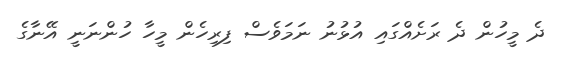
ދެ މީހުން ދެ ރަށެއްގައި އުޅުނު ނަމަވެސް ފިރިހެން މީހާ ހުންނަނީ އޭނާގެ